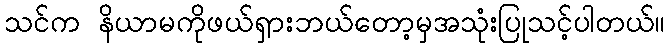
သင်က နိယာမကိုဖယ်ရှားဘယ်တော့မှအသုံးပြုသင့်ပါတယ်။